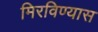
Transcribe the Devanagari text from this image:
मिरविण्यास